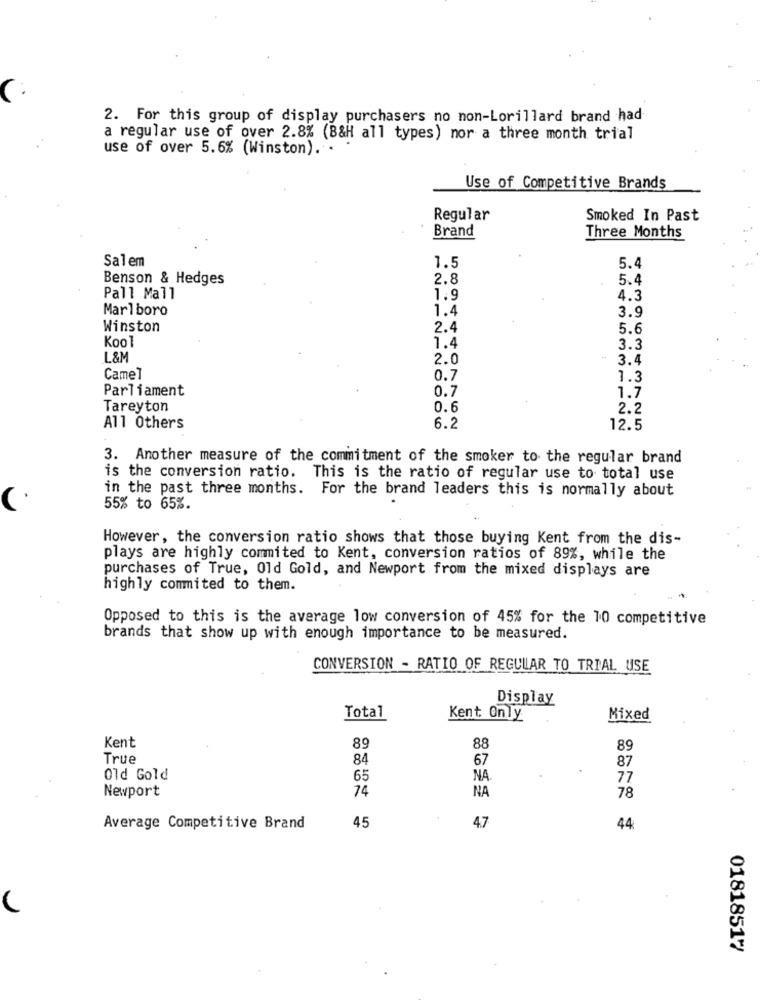
2. For this group of display purchasers no non-Lorillard brand had
a regular use of over 2.8% (B&H all types) nor a three month trial
use of over 5.6% (Winston). .
Use of Competitive Brands
Regular
Smoked In Past
Brand
Three Months
Salem
1.5
5.4
Benson & Hedges
2.8
5.4
Pall Mall
1.9
4.3
Marlboro
1.4
3.9
Winston
2.4
5.6
Kool
1.4
3.3
L&M
2.0
3.4
Camel
0.7
1.3
Parliament
0.7
1.7
Tareyton
0.6
2.2
All Others
6.2
12.5
3. Another measure of the commitment of the smoker to the regular brand
is the conversion ratio. This is the ratio of regular use to total use
in the past three months. For the brand leaders this is normally about
55% to 65%.
However, the conversion ratio shows that those buying Kent from the dis-
plays are highly commited to Kent, conversion ratios of 89%, while the
purchases of True, Old Gold, and Newport from the mixed displays are
highly commited to them.
Opposed to this is the average low conversion of 45% for the 10 competitive
brands that show up with enough importance to be measured.
CONVERSION - RATIO OF REGULAR TO TRIAL USE
Display
Total
Kent Only
Mixed
Kent
89
88
89
True
84
67
87
Old Gold
65
NA
77
74
Newport
NA
78
Average Competitive Brand
45
4.7
44
01818517